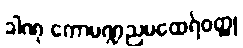
ခါဏု ကောမဏ္ဍညမထေရ်ဝတ္ထု